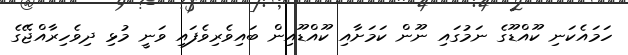
ހަމައެކަނި ކޫއްޑޫގެ ނަމުގައި ނޫން ކަމަށާއި ކޫއްޑޫއިން ބައިވެރިވެފައި ވަނީ މުޅި ދިވެހިރާއްޖޭގެ